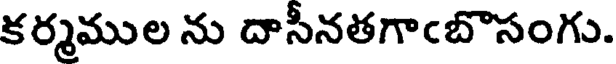
కర్మముల ను దాసీనతగాఁబొసంగు.